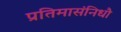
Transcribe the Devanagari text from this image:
प्रतिमासंनिधौ